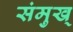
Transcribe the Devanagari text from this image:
संमुख्